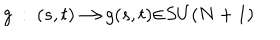
LaTeX: g ~ : ~ ( s , t ) { \longrightarrow } g ( s , t ) { \in } S U ( N + 1 )